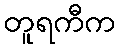
တူရကီက